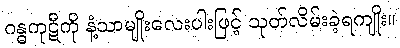
ဂန္ဓကုဋီကို နံ့သာမျိုးလေးပါးဖြင့် သုတ်လိမ်းခဲ့ရကျိုး။